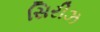
સિરીઝ